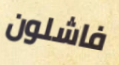
فاشلون